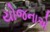
યોજનાએ